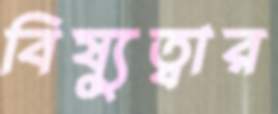
বিষ্যুত্বার